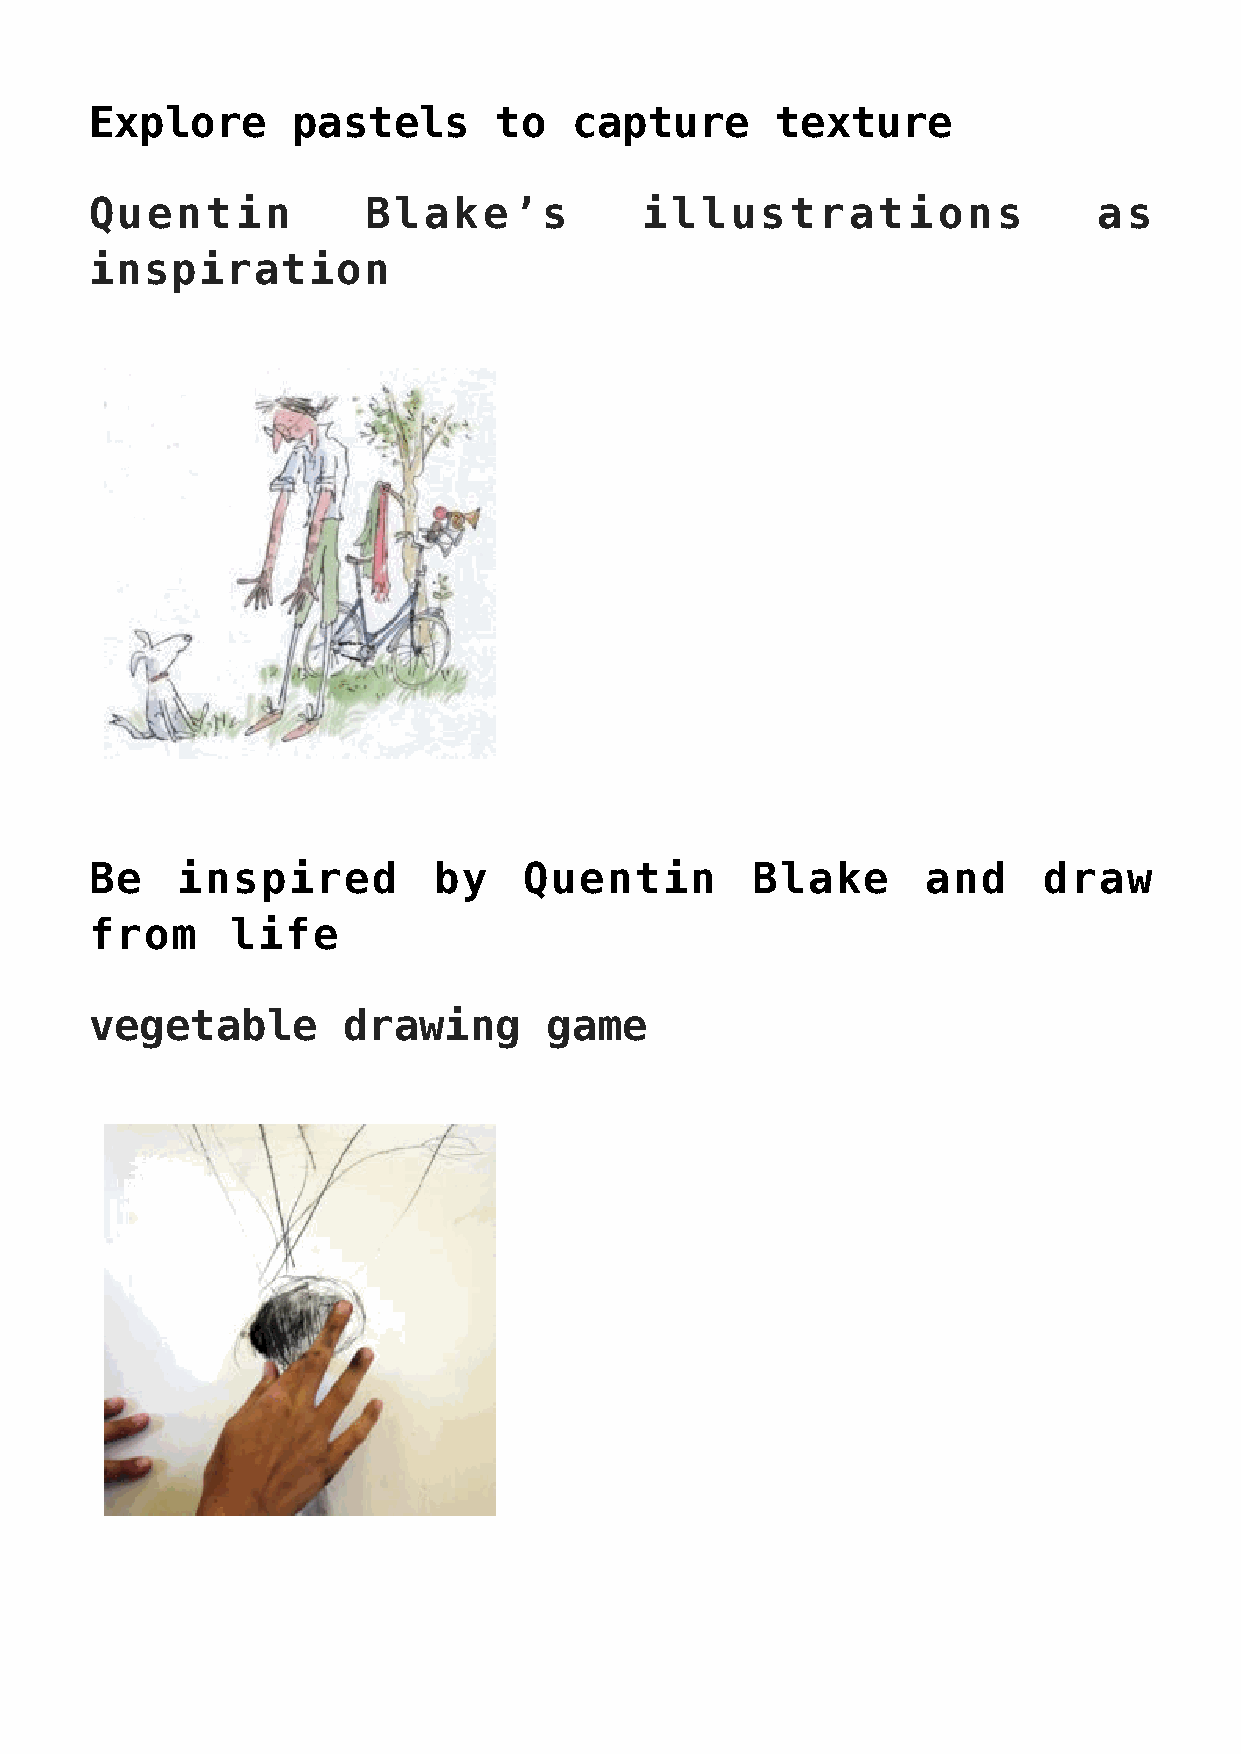
Explore      pastels       to   capture      texture
 Quentin           Blake’s            illustrations                 as
 inspiration
 Be    inspired         by    Quentin        Blake      and     draw
 from     life
 vegetable        drawing      game